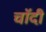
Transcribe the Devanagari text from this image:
चाॅदी